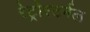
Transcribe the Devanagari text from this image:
रेट्रोस्टर्नल